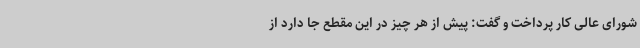
شورای عالی کار پرداخت و گفت: پیش از هر چیز در این مقطع جا دارد از